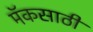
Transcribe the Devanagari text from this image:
मॅकसाठी